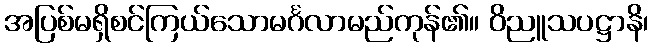
အပြစ်မရှိစင်ကြယ်သောမင်္ဂလာမည်ကုန်၏။ ဝိညူသပဋ္ဌာနိ၊